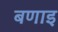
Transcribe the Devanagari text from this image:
बणाइ